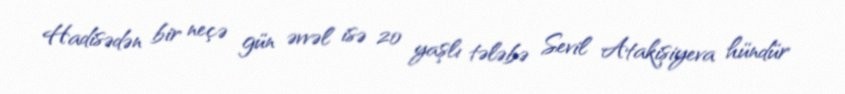
Hadisədən bir neçə gün əvvəl isə 20 yaşlı tələbə Sevil Atakişiyeva hündür